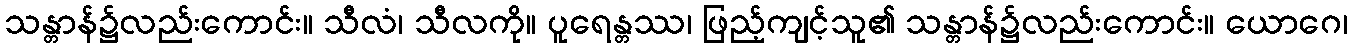
သန္တာန်၌လည်းကောင်း။ သီလံ၊ သီလကို။ ပူရေန္တဿ၊ ဖြည့်ကျင့်သူ၏ သန္တာန်၌လည်းကောင်း။ ယောဂေ၊